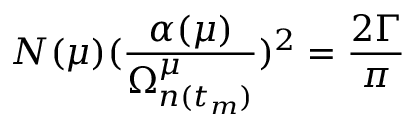
N ( \mu ) ( \frac { \alpha ( \mu ) } { \Omega _ { n ( t _ { m } ) } ^ { \mu } } ) ^ { 2 } = \frac { 2 \Gamma } { \pi }